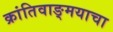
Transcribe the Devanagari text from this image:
क्रांतिवाङ्मयाचा